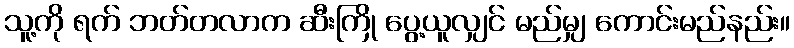
သူ့ကို ရက် ဘတ်တလာက ဆီးကြို ပွေ့ယူလျှင် မည်မျှ ကောင်းမည်နည်း။